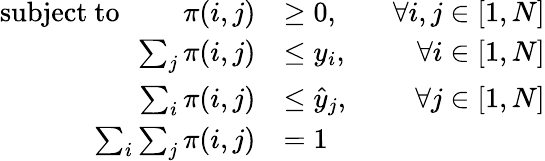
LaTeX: \begin{array}{rlr}{\mathrm{subject~to}~~~~~~~~~\pi(i,j)}&{\geq 0,~~~}&{\forall i,j\in[1,N]}\\ {\sum_{j}\pi(i,j)}&{\leq y_{i},~~}&{\forall i\in[1,N]}\\ {\sum_{i}\pi(i,j)}&{\leq\hat{y}_{j},~~}&{\forall j\in[1,N]}\\ {\sum_{i}\sum_{j}\pi(i,j)}&{=1~~}&\end{array}